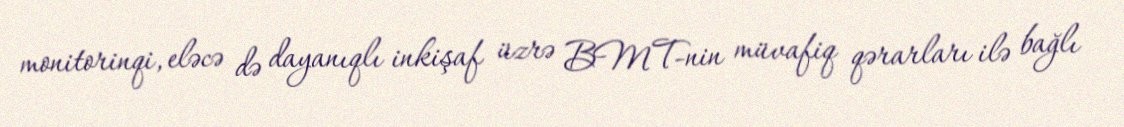
monitorinqi, eləcə də dayanıqlı inkişaf üzrə BMT-nin müvafiq qərarları ilə bağlı